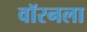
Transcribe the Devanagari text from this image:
वॉरनला